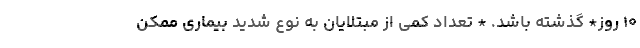
۱۰ روز* گذشته باشد. * تعداد کمی از مبتلایان به نوع شدید بیماری ممکن